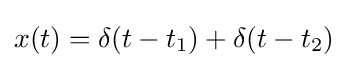
x(t)=\delta (t-t_{1})+\delta (t-t_{2})